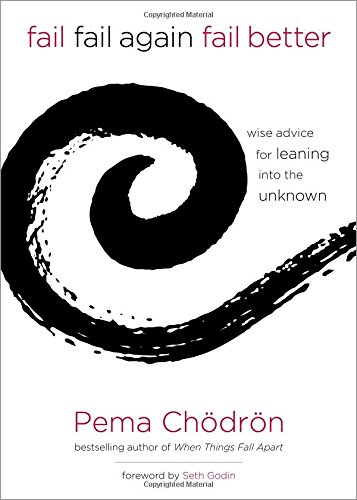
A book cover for Fail, Fail Again, Fail Better: Wise Advice for Leaning into the Unknown; Pema ChÃ¶drÃ¶n; Self-Help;